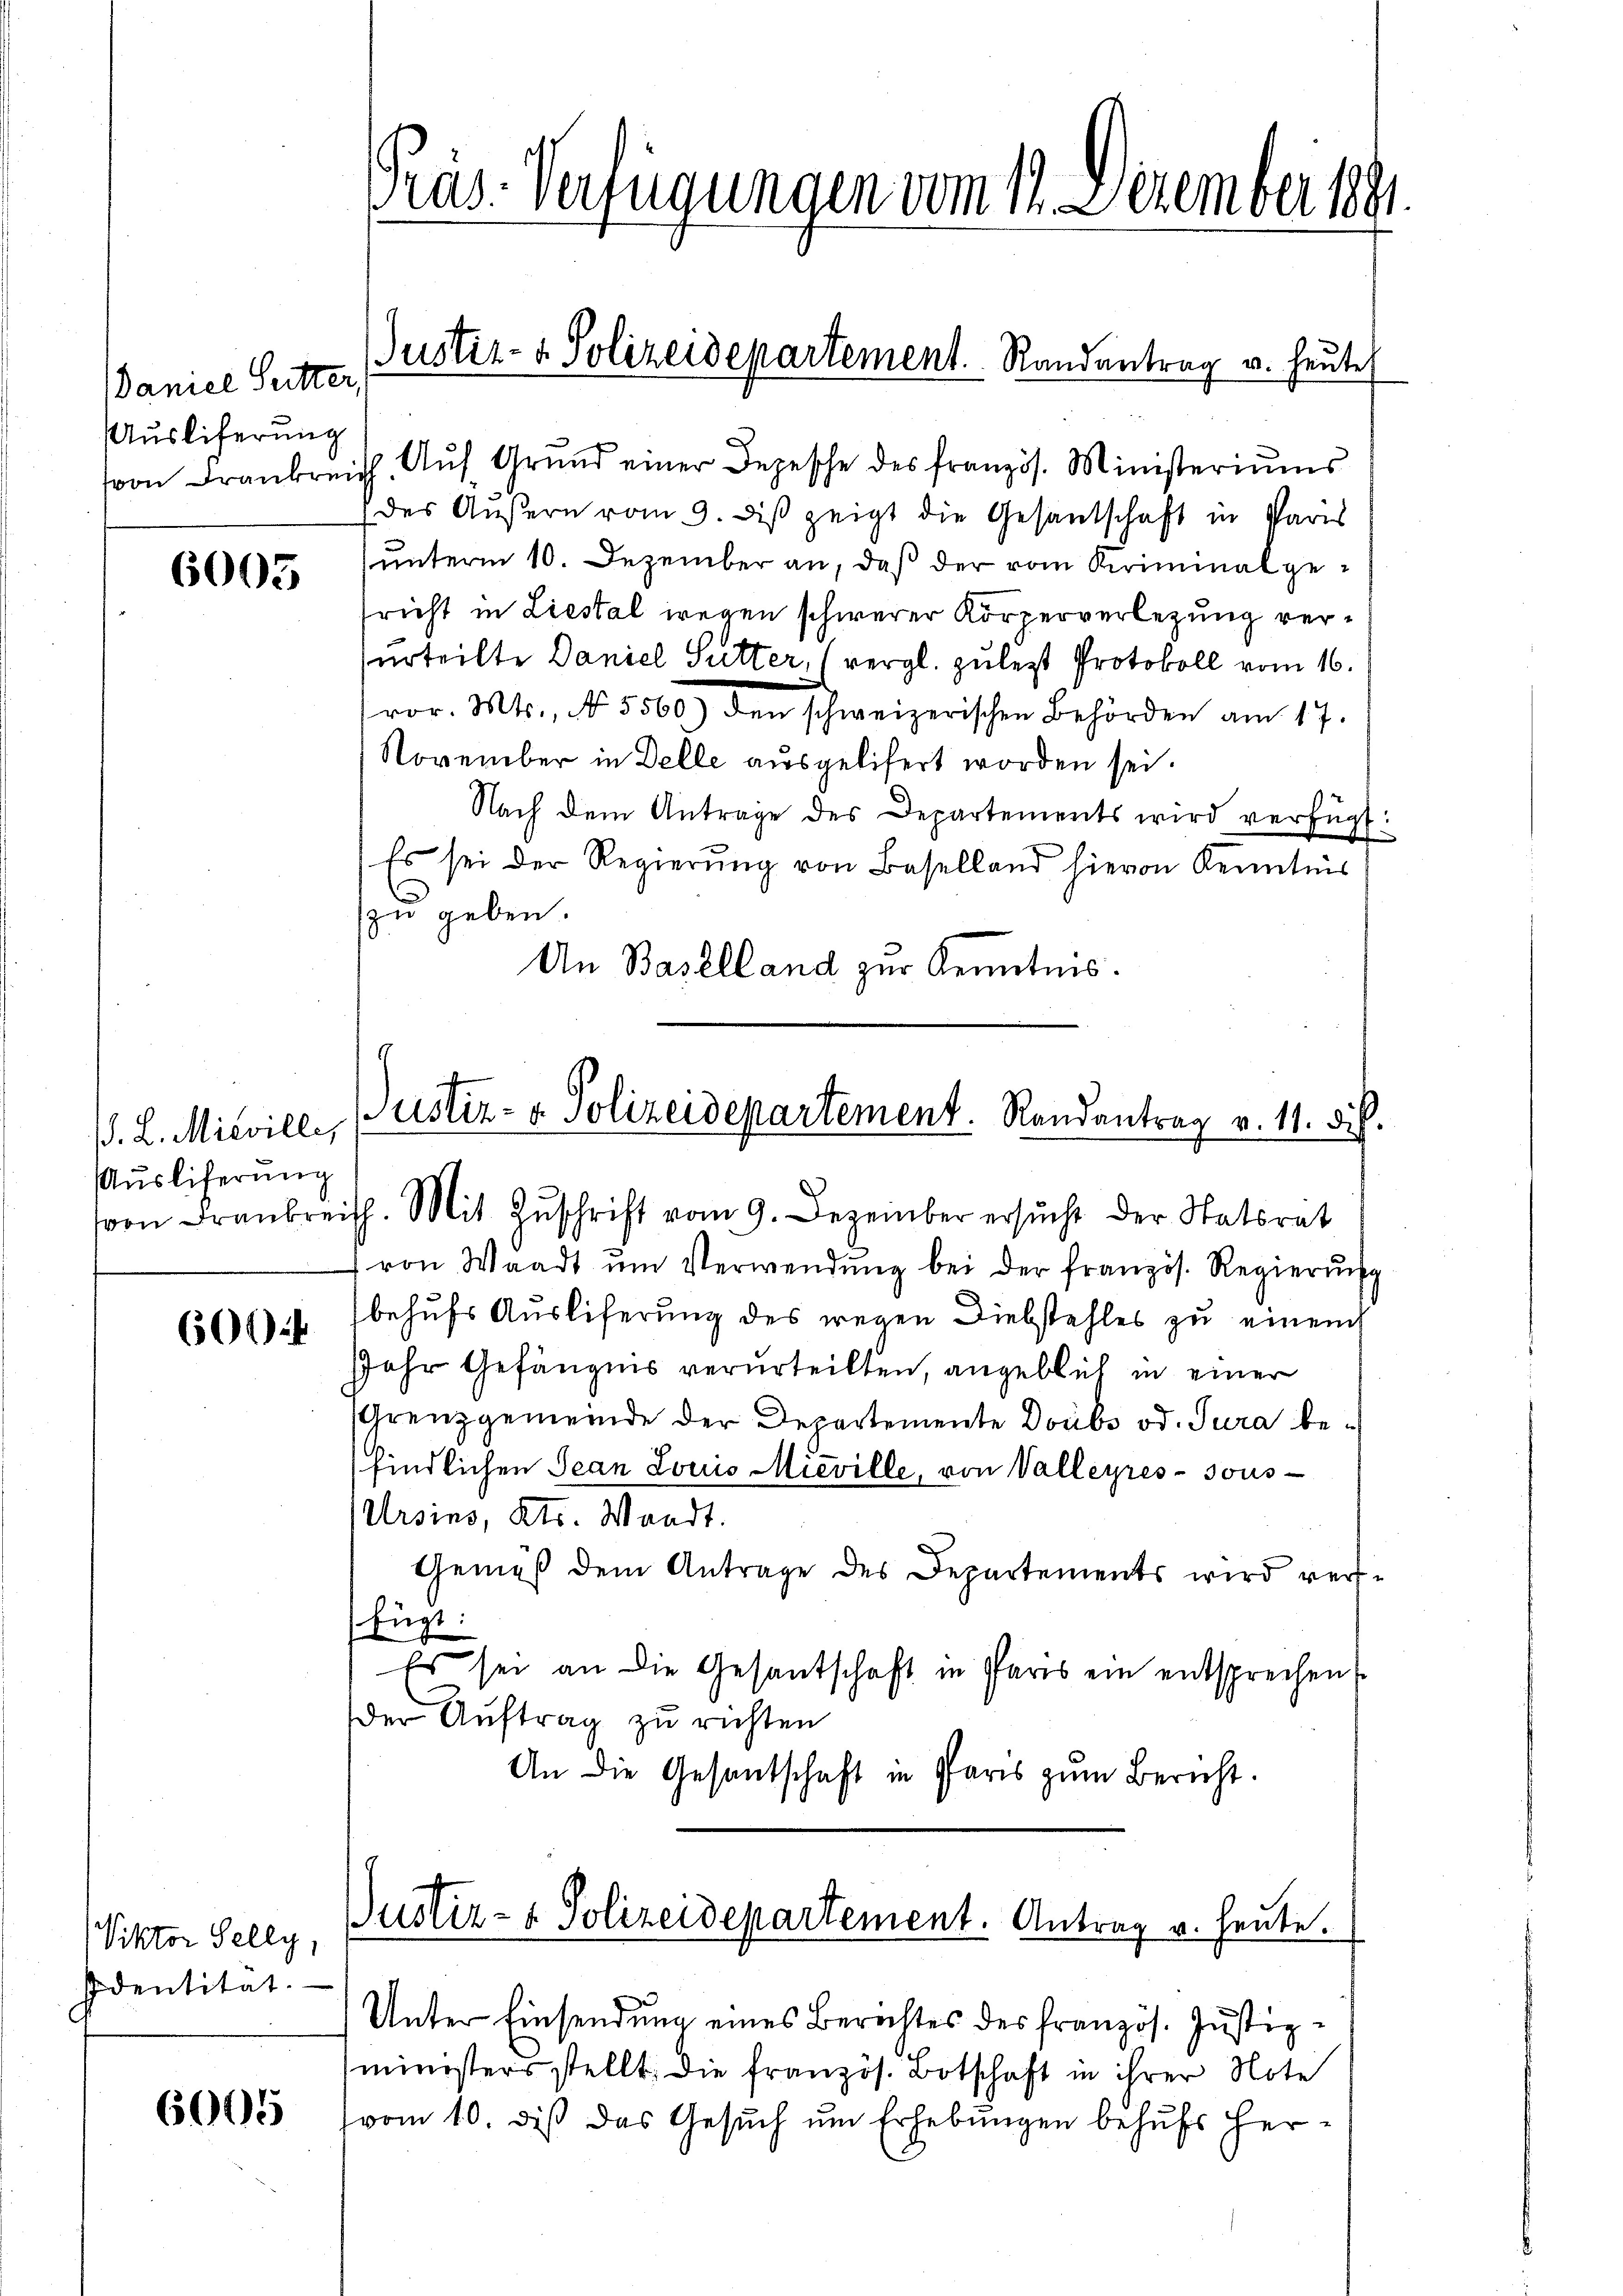
Daniel Sutter
Auslicherung

6005

. L. Misville,
Auslieferung

60044

Viktor Selly,
Identität.

6005

Pras-Verfügungen vom 14. Dezember 1891.

von Frankreich. Aŭf Grŭnd einer Depesche des französ. Ministeriŭms
des Äußern vom 9. dβ zeigt die Gesantschaft in Paris
unterm 10. Dezember an, daß der vom Kriminalgesricht in Liestal wegen schwerer Körperverlegung versurteilte Daniel Sutter, (vergl. zuletzt Protokoll vom 16.
vor. Mts., No 5560) den schweizerischen Behörden am 17.
November in Delle ausgelisert worden sei.
Nach dem Antrage des Departements wird verfügt:
Es sei der Regierŭng von Baselland hievon Kenntnis
zu geben.
An Baselland zur Kenntnis.

Justiz- & Polizeidepartement. Randantrag u. heute

Justiz- & Polizeidepartement. Randantrag v. 11. dich.
von Frankreich. Mit Zŭschrift vom 9. Dezember ersŭcht der Statsrat

von Waadt ŭm Verwendŭng bei der französ. Regierŭng
behufs Auslieferung des wegen Diebstahles zu einem
Jahr Gefängnis verurteilten, angeblich in einer
Grenzgemeinde der Departemente Doubs od. Jura befindlichen Jean Louis Mieville, von Valleyres sous
Ursins, Kts. Waadt.
Gemäß dem Antrage des Departements wird verffügt:
Es sei an die Gesantschaft in Paris ein entsprechen
der Auftrag zu richten
An die Gesandschaft in Paris zŭm Bericht.

Justiz- & Polizeidepartement. Antrag u. heute.

Unter Einsendung eines Berichtes des französ. Justiz-
ministers stellt. Die französ. Botschaft in ihrer Note
vom 10. dieß das Gesŭch ŭm Erhebungen behufs her¬